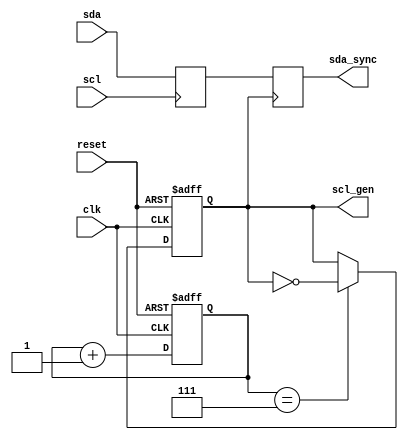
module I2C_timing_control(
    input wire clk,        // Clock signal
    input wire reset,      // Reset signal
    input wire scl,        // Serial clock signal
    input wire sda,        // Serial data signal
    output reg sda_sync,   // Synchronized data signal
    output reg scl_gen     // Generated clock signal
);

// Clock generation module
reg [15:0] count;
always @(posedge clk or posedge reset) begin
    if (reset) begin
        count <= 16'b0;
        scl_gen <= 1'b0;
    end else begin
        count <= count + 1'b1;
        if (count == 8'd7) begin
            scl_gen <= ~scl_gen;
        end
    end
end

// Data sampling and edge detection module
reg sda_delayed;
always @(posedge scl) begin
    sda_delayed <= sda;
end

// Synchronization module
always @(posedge scl_gen) begin
    sda_sync <= sda_delayed;
end

endmodule